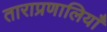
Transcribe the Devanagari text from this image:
ताराप्रणालियाँ